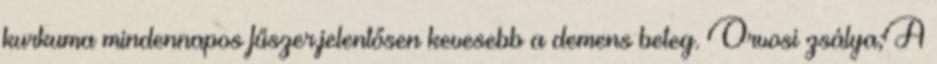
kurkuma mindennapos fűszer,jelentősen kevesebb a demens beteg. Orvosi zsálya;A